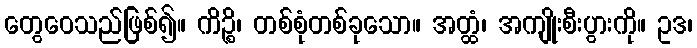
တွေဝေသည်ဖြစ်၍။ ကိဉ္စိ၊ တစ်စုံတစ်ခုသော။ အတ္ထံ၊ အကျိုးစီးပွားကို။ ဥဒ၊